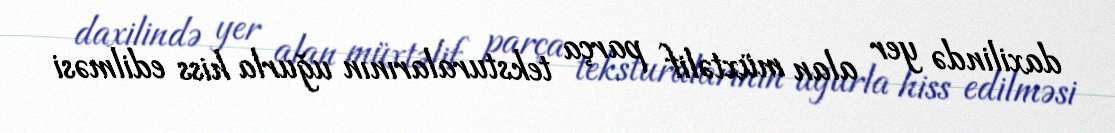
daxilində yer alan müxtəlif parça teksturalarının uğurla hiss edilməsi